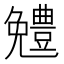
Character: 𠓍